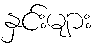
နှင်းများ